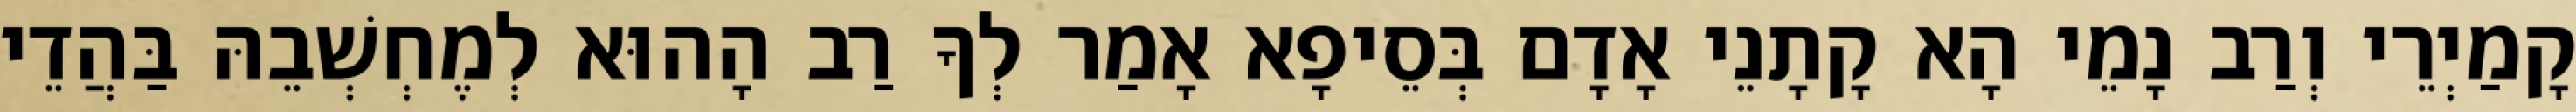
קָמַיְרֵי וְרַב נָמֵי הָא קָתָנֵי אָדָם בְּסֵיפָא אָמַר לְךָ רַב הָהוּא לְמֶחְשְׁבֵהּ בַּהֲדֵי